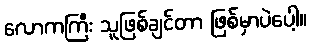
လောကကြီး သူဖြစ်ချင်တာ ဖြစ်မှာပဲပေါ့။